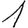
Digit: 1